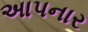
અાપનાર